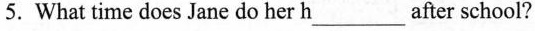
5.What time does Jane do her h___after school?